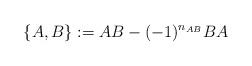
LaTeX: \begin{align*}\{ A, B \}: = AB - ( -1)^{n_{AB}} BA \end{align*}